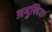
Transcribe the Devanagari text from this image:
अमुखिक